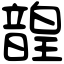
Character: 韹